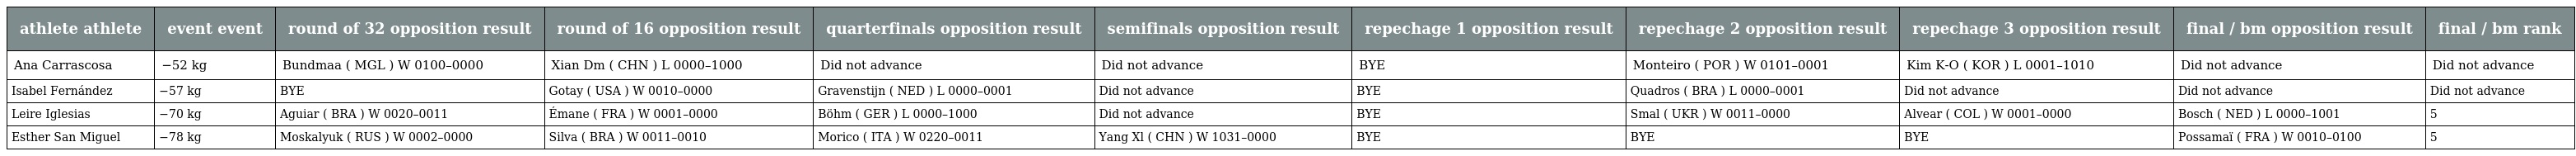
| athlete athlete | event event | round of 32 opposition result | round of 16 opposition result | quarterfinals opposition result | semifinals opposition result | repechage 1 opposition result | repechage 2 opposition result | repechage 3 opposition result | final / bm opposition result | final / bm rank |
 | --- | --- | --- | --- | --- | --- | --- | --- | --- | --- | --- |
 | Ana Carrascosa | −52 kg | Bundmaa ( MGL ) W 0100–0000 | Xian Dm ( CHN ) L 0000–1000 | Did not advance | Did not advance | BYE | Monteiro ( POR ) W 0101–0001 | Kim K-O ( KOR ) L 0001–1010 | Did not advance | Did not advance |
 | Isabel Fernández | −57 kg | BYE | Gotay ( USA ) W 0010–0000 | Gravenstijn ( NED ) L 0000–0001 | Did not advance | BYE | Quadros ( BRA ) L 0000–0001 | Did not advance | Did not advance | Did not advance |
 | Leire Iglesias | −70 kg | Aguiar ( BRA ) W 0020–0011 | Émane ( FRA ) W 0001–0000 | Böhm ( GER ) L 0000–1000 | Did not advance | BYE | Smal ( UKR ) W 0011–0000 | Alvear ( COL ) W 0001–0000 | Bosch ( NED ) L 0000–1001 | 5 |
 | Esther San Miguel | −78 kg | Moskalyuk ( RUS ) W 0002–0000 | Silva ( BRA ) W 0011–0010 | Morico ( ITA ) W 0220–0011 | Yang Xl ( CHN ) W 1031–0000 | BYE | BYE | BYE | Possamaï ( FRA ) W 0010–0100 | 5 |